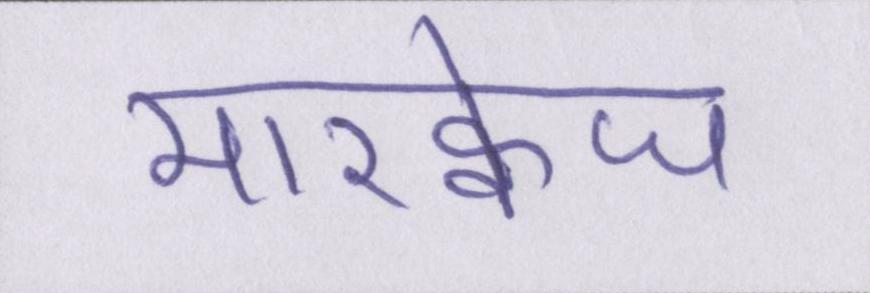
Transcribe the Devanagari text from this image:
मारक्वेज